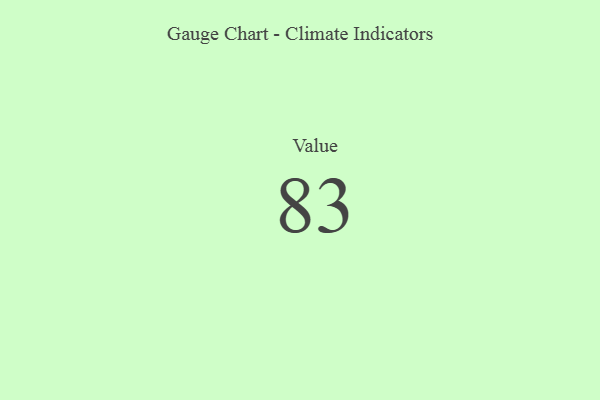
{"axis": {"x": "Metric", "y": "Value"}, "legend": [""], "data": [{"x": "Value", "y": 83, "type": ""}]}